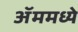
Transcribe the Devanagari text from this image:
ॲममध्ये